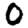
Digit: 0